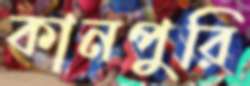
কানপুরি